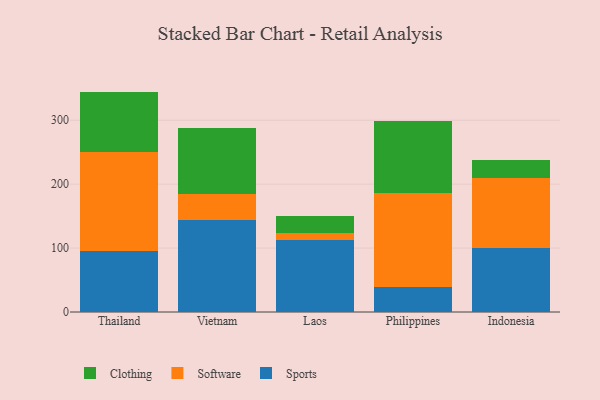
{"axis": {"x": "Country", "y": "Bounce Rate (%)"}, "legend": ["Clothing", "Software", "Sports"], "data": [{"x": "Thailand", "y": 96.0, "type": "Sports"}, {"x": "Thailand", "y": 154.1, "type": "Software"}, {"x": "Thailand", "y": 94.7, "type": "Clothing"}, {"x": "Vietnam", "y": 143.2, "type": "Sports"}, {"x": "Vietnam", "y": 40.8, "type": "Software"}, {"x": "Vietnam", "y": 104.0, "type": "Clothing"}, {"x": "Laos", "y": 113.0, "type": "Sports"}, {"x": "Laos", "y": 10.9, "type": "Software"}, {"x": "Laos", "y": 25.8, "type": "Clothing"}, {"x": "Philippines", "y": 38.7, "type": "Sports"}, {"x": "Philippines", "y": 147.6, "type": "Software"}, {"x": "Philippines", "y": 113.0, "type": "Clothing"}, {"x": "Indonesia", "y": 99.7, "type": "Sports"}, {"x": "Indonesia", "y": 110.3, "type": "Software"}, {"x": "Indonesia", "y": 28.1, "type": "Clothing"}]}